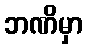
ဘဏိမှာ